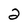
Character: 2